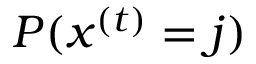
P ( x ^ { ( t ) } = j )